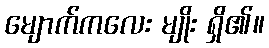
မျောက်ကလေး မျိုး ရှိ၏။